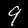
Label: 9